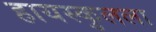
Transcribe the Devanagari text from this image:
हायस्कुलला